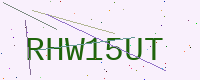
Text: RHW15UT